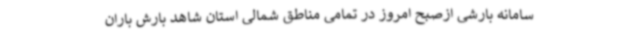
سامانه بارشی ازصبح امروز در تمامی مناطق شمالی استان شاهد بارش باران